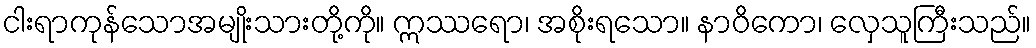
ငါးရာကုန်သောအမျိုးသားတို့ကို။ ဣဿရော၊ အစိုးရသော။ နာဝိကော၊ လှေသူကြီးသည်။